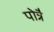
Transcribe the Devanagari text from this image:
पोन्नै